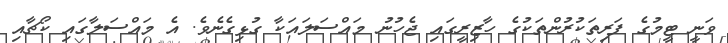
ވަނީ ޓީމުގެ ފަރިތަކުރުންތަކުގެ ހާޒިރީގައި ޖެހުނު މައްސަލައަކާ ގުޅިގެނެވެ. އެ މައްސަލާގައި ކޯޗާއި